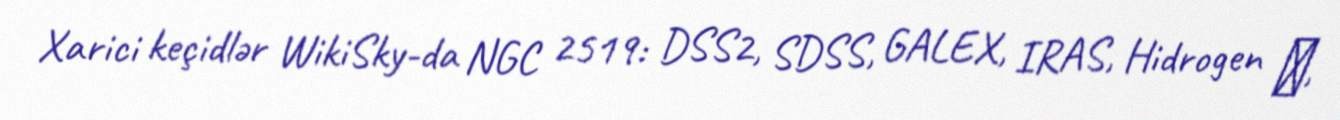
Xarici keçidlər WikiSky-da NGC 2519: DSS2, SDSS, GALEX, IRAS, Hidrogen α,